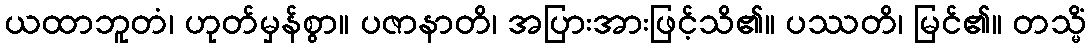
ယထာဘူတံ၊ ဟုတ်မှန်စွာ။ ပဇာနာတိ၊ အပြားအားဖြင့်သိ၏။ ပဿတိ၊ မြင်၏။ တသ္မိံ